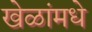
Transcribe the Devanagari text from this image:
खेळांमधे